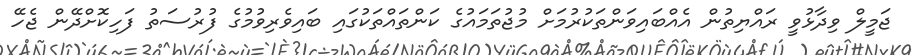
ޖަމީލް ވިދާޅުވީ ރައްޔިތުން އެއްބައިވަންތަކުރުމަށް މުޖުތަމައުގެ ކަންތައްތަކުގައި ބައިިވެރިވުމުގެ ފުރުސަތު ފަހިކޮށްދޭން ޖެހޭ